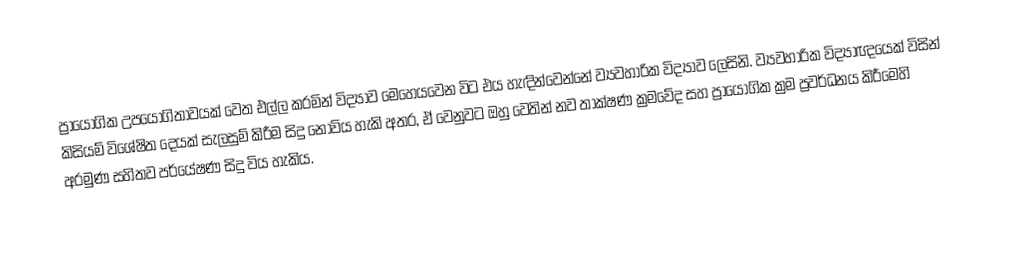
ප්‍රායෝගික උපයෝගිතාවයක් වෙත එල්ල කරමින් විද්‍යාව මෙහෙයවෙන විට එය හැඳින්වෙන්නේ ව්‍යවහාරික විද්‍යාව ලෙසිනි. ව්‍යවහාරික විද්‍යාඥයෙක් විසින් කිසියම් විශේෂිත දෙයක් සැලසුම් කිරීම සිදු නොවිය හැකි අතර, ඒ වෙනුවට ඔහු වෙතින් නව තාක්ෂණ ක්‍රමවේද සහ ප්‍රායෝගික ක්‍රම ප්‍රවර්ධනය කිරීමෙහි අරමුණ සහිතව පර්යේෂණ සිදු විය හැකිය.